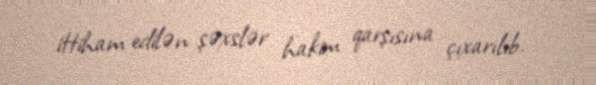
ittiham edilən şəxslər hakim qarşısına çıxarılıb.